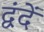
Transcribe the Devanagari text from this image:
द्वंदें